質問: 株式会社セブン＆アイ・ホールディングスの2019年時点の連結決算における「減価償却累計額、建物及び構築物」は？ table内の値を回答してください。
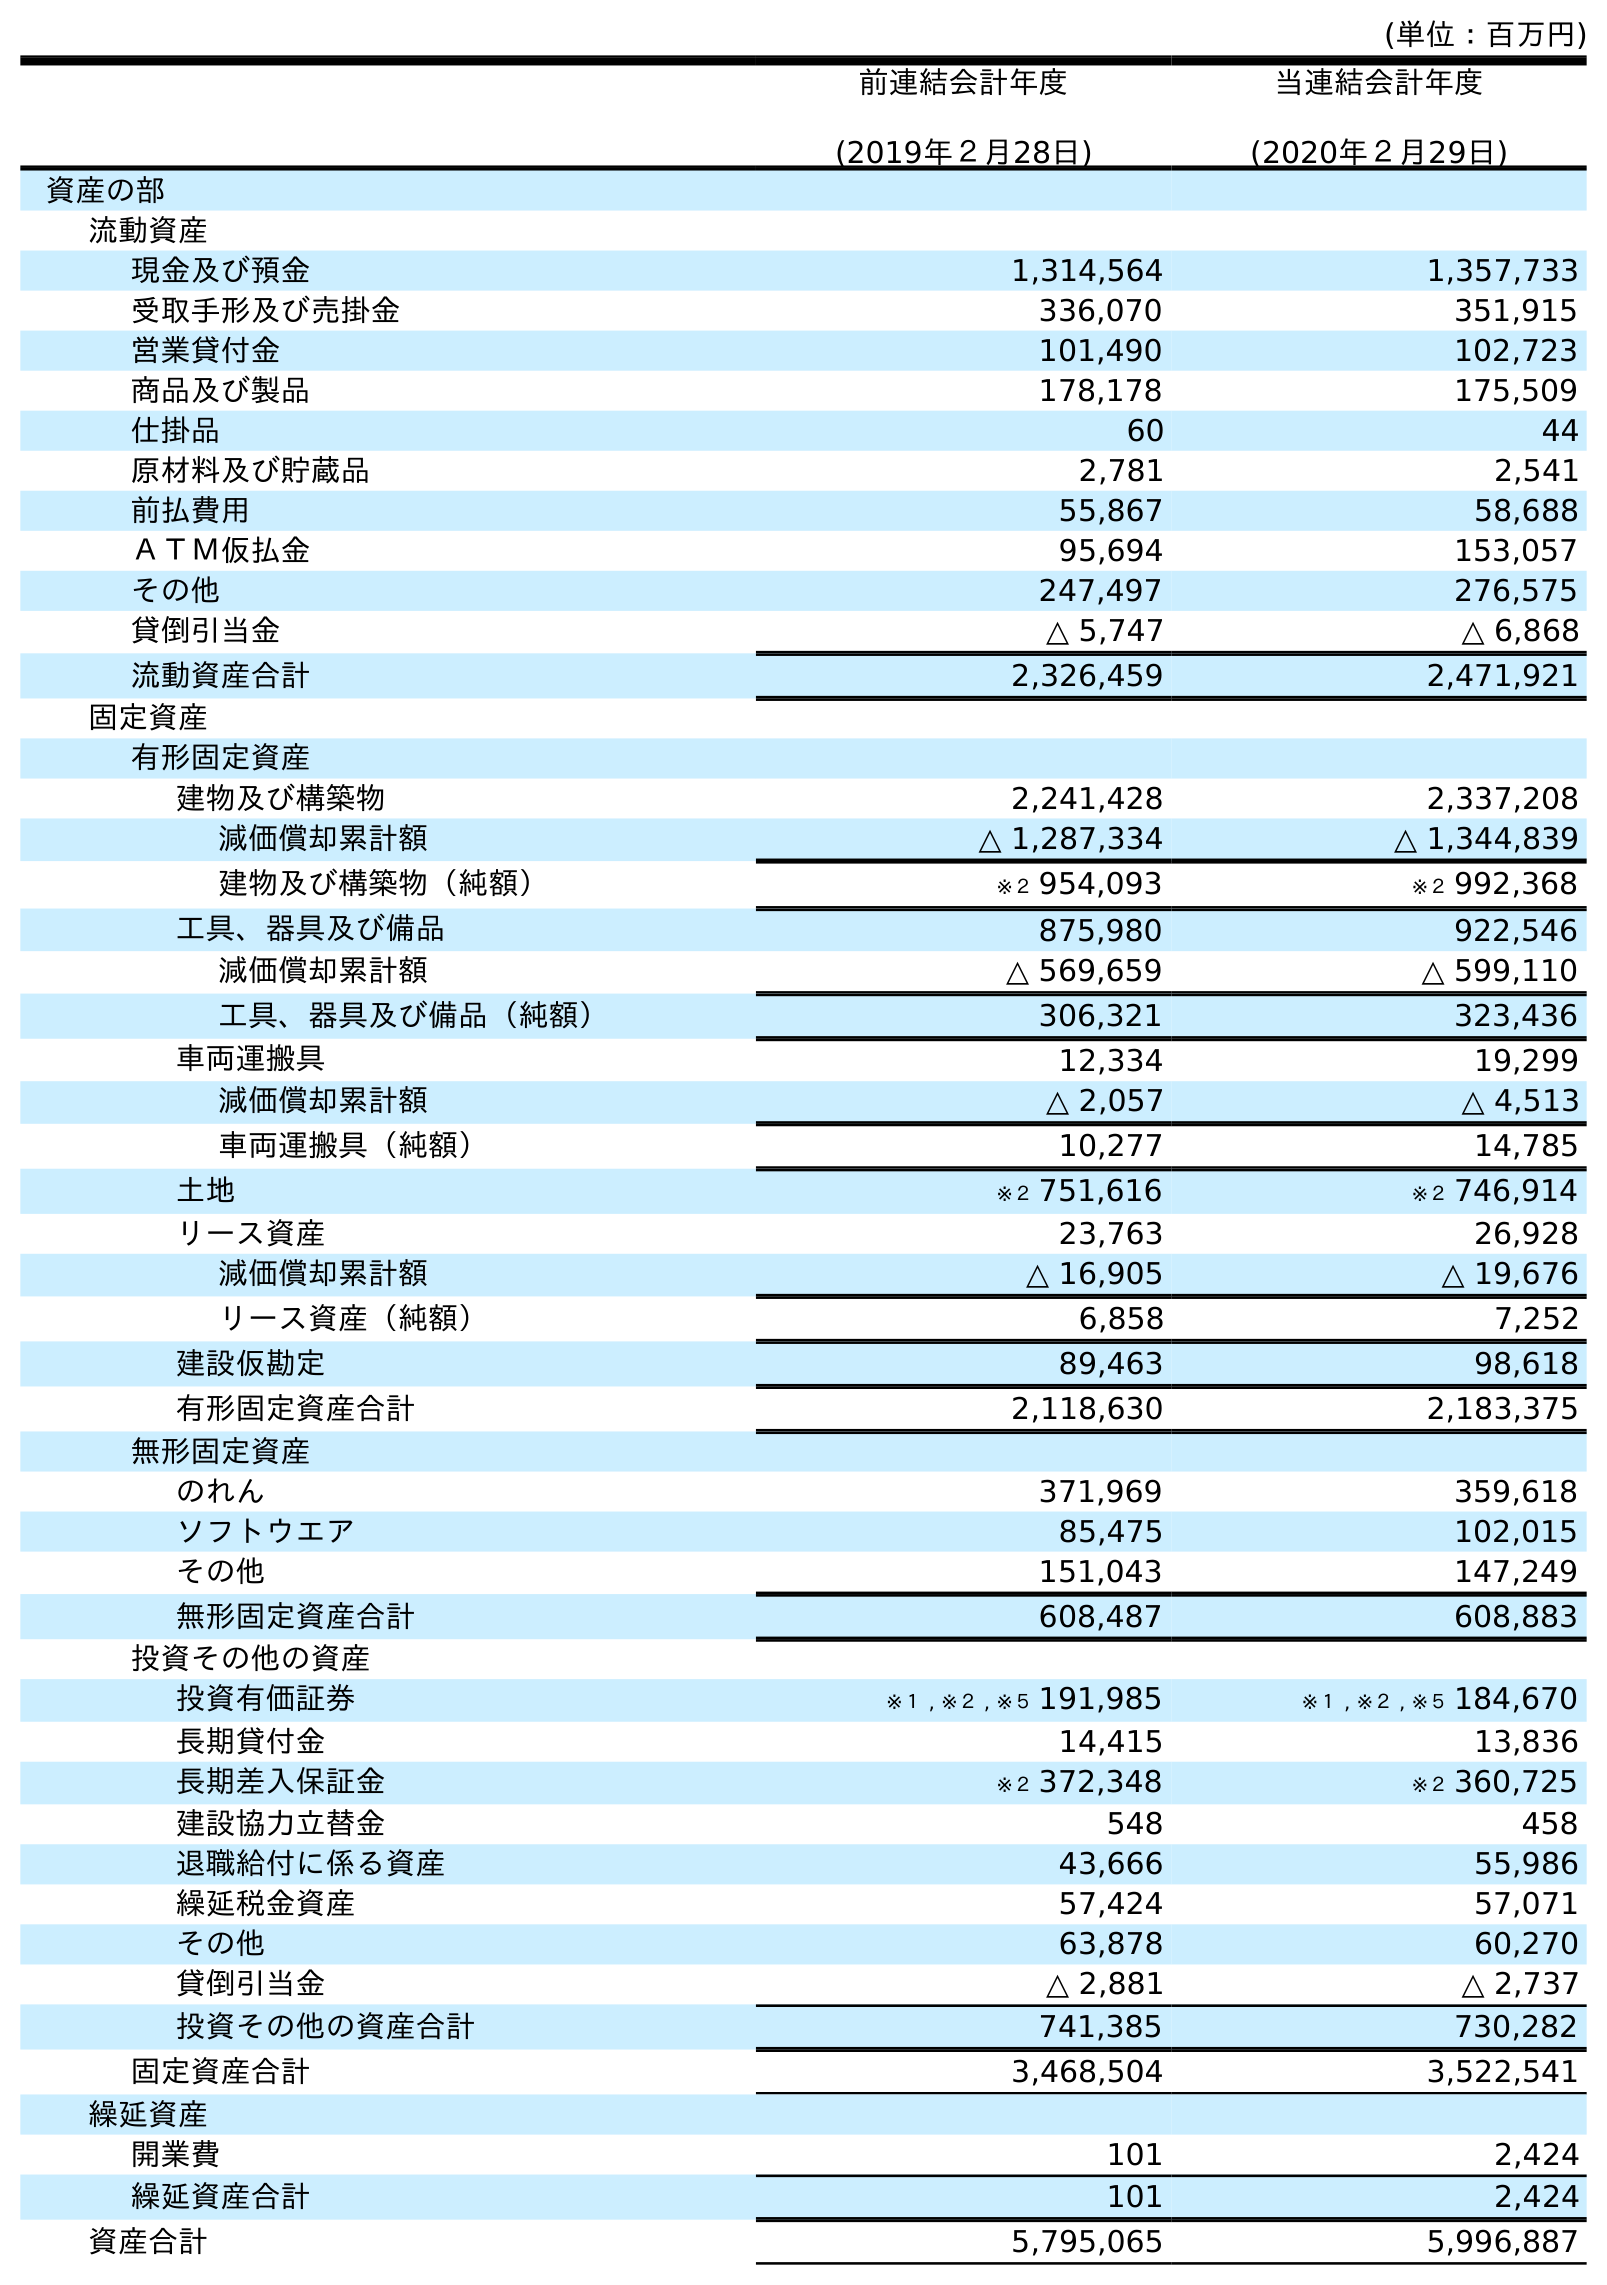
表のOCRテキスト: (単位：百万円) 前連結会計年度 (2019年２月28日) 当連結会計年度 (2020年２月29日) 資産の部 流動資産 現金及び預金 1,314,564 1,357,733 受取手形及び売掛金 336,070 351,915 営業貸付金 101,490 102,723 商品及び製品 178,178 175,509 仕掛品 60 44 原材料及び貯蔵品 2,781 2,541 前払費用 55,867 58,688 ＡＴＭ仮払金 95,694 153,057 その他 247,497 276,575 貸倒引当金 △ 5,747 △ 6,868 流動資産合計 2,326,459 2,471,921 固定資産 有形固定資産 建物及び構築物 2,241,428 2,337,208 減価償却累計額 △ 1,287,334 △ 1,344,839 建物及び構築物（純額） ※２ 954,093 ※２ 992,368 工具、器具及び備品 875,980 922,546 減価償却累計額 △ 569,659 △ 599,110 工具、器具及び備品（純額） 306,321 323,436 車両運搬具 12,334 19,299 減価償却累計額 △ 2,057 △ 4,513 車両運搬具（純額） 10,277 14,785 土地 ※２ 751,616 ※２ 746,914 リース資産 23,763 26,928 減価償却累計額 △ 16,905 △ 19,676 リース資産（純額） 6,858 7,252 建設仮勘定 89,463 98,618 有形固定資産合計 2,118,630 2,183,375 無形固定資産 のれん 371,969 359,618 ソフトウエア 85,475 102,015 その他 151,043 147,249 無形固定資産合計 608,487 608,883 投資その他の資産 投資有価証券 ※１ , ※２ , ※５ 191,985 ※１ , ※２ , ※５ 184,670 長期貸付金 14,415 13,836 長期差入保証金 ※２ 372,348 ※２ 360,725 建設協力立替金 548 458 退職給付に係る資産 43,666 55,986 繰延税金資産 57,424 57,071 その他 63,878 60,270 貸倒引当金 △ 2,881 △ 2,737 投資その他の資産合計 741,385 730,282 固定資産合計 3,468,504 3,522,541 繰延資産 開業費 101 2,424 繰延資産合計 101 2,424 資産合計 5,795,065 5,996,887
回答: △1,287,334